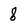
Character: 8